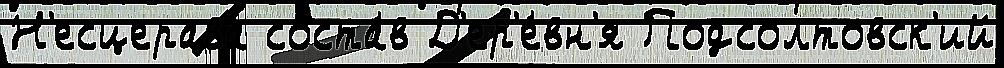
Н'есцерава соста́в Д'ер'е́вн'я Подсолтовск'ий